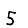
Digit: 5